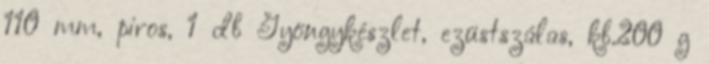
110 mm, piros, 1 db Gyöngykészlet, ezüstszálas, kb.200 g